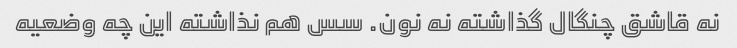
نه قاشق چنگال گذاشته نه نون. سس هم نذاشته این چه وضعیه